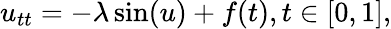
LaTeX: \begin{array}{r}{u_{tt}=-\lambda\sin(u)+f(t),t\in[0,1],}\end{array}